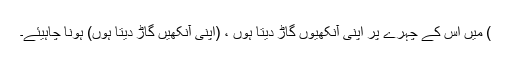
) میں اس کے چہرے پر اپنی آنکھیوں گاڑ دیتا ہوں ، (اپنی آنکھیں گاڑ دیتا ہوں) ہونا چاہیئے۔